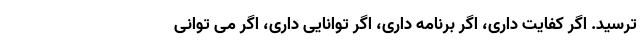
ترسید. اگر کفایت داری، اگر برنامه داری، اگر توانایی داری، اگر می توانی